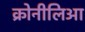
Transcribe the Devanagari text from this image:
क्रोनीलिआ